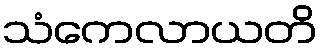
သံကေလာယတိ